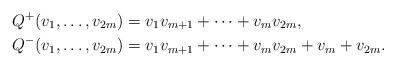
LaTeX: \begin{align*}Q^+(v_1,\ldots,v_{2m}) &=v_{1}v_{m+1} + \cdots + v_{m}v_{2m},\\Q^-(v_1,\ldots,v_{2m})&= v_{1}v_{m+1}+ \cdots + v_{m}v_{2m}+v_m+v_{2m}.\end{align*}